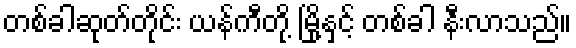
တစ်ခါဆုတ်တိုင်း ယန်ကီတို့ မြို့နှင့် တစ်ခါ နီးလာသည်။